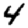
Digit: 4